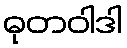
ဓုတဝါဒါ